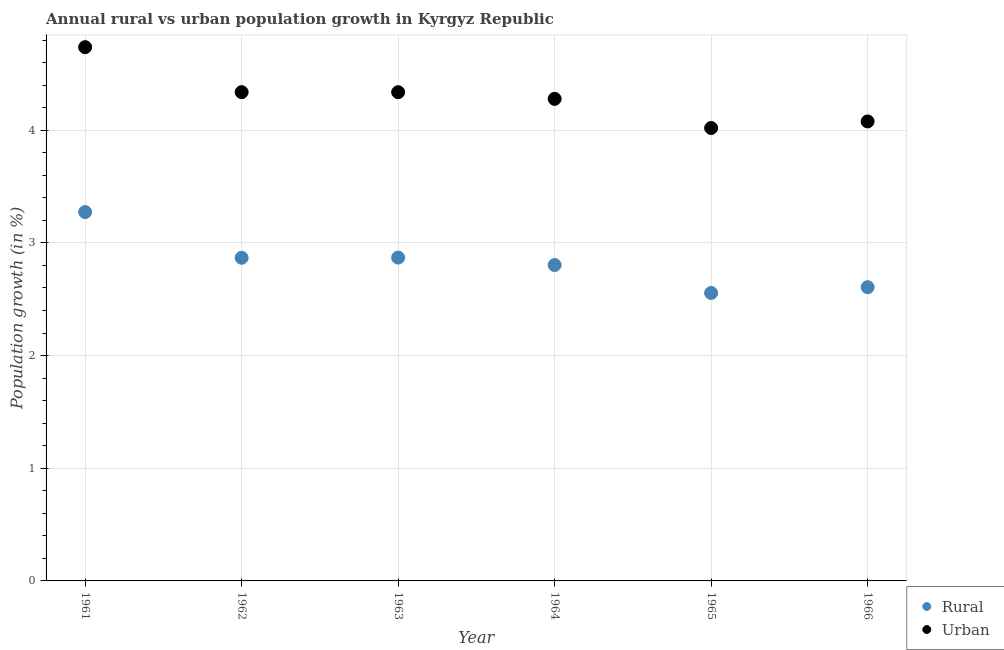
| Year | Rural | Urban  |
 | --- | --- | --- |
 | 1961 | 3.27 | 4.74 |
 | 1962 | 2.87 | 4.34 |
 | 1963 | 2.87 | 4.34 |
 | 1964 | 2.8 | 4.28 |
 | 1965 | 2.56 | 4.02 |
 | 1966 | 2.61 | 4.08 |